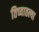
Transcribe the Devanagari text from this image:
तिच्यातल्या